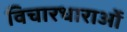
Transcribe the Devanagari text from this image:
विचारधाराओंं